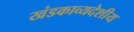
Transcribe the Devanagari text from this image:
खंडकाव्यदेशीय